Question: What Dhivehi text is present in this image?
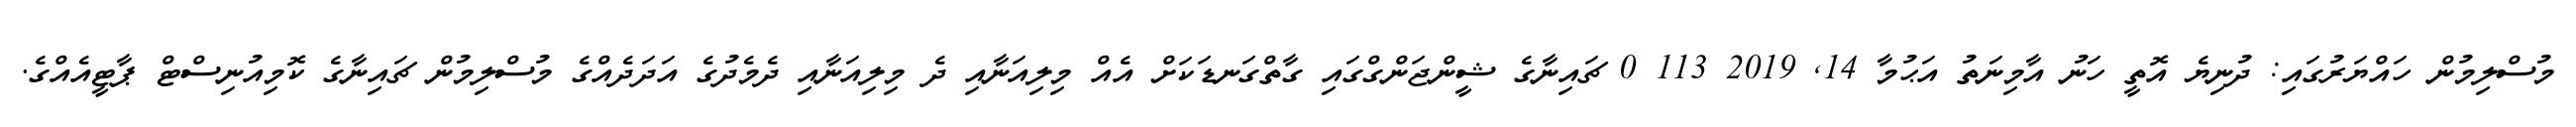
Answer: މުސްލިމުން ހައްޔަރުގައި: ދުނިޔެ އޮތީ ހަނު އާމިނަތު އަޙުމާ 14, 2019 113 0 ޗައިނާގެ ޝީންޖަންގްގައި ގާތްގަނޑަކަށް އެއް މިލިއަނާއި ދެ މިލިއަނާއި ދެމެދުގެ އަދަދެއްގެ މުސްލިމުން ޗައިނާގެ ކޮމިއުނިސްޓް ޕާޓީއެއްގެ.